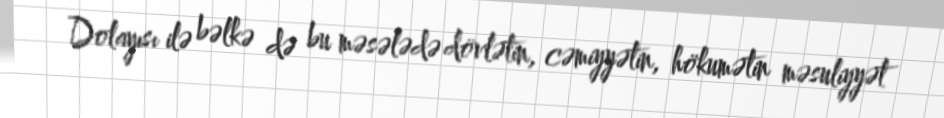
Dolayısı ilə bəlkə də bu məsələdə dövlətin, cəmiyyətin, hökumətin məsuliyyət